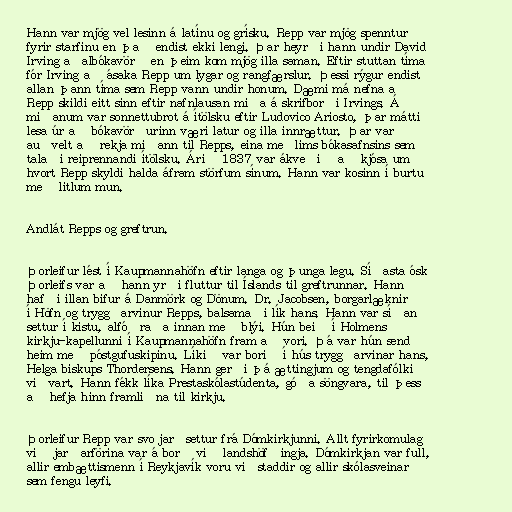
Hann var mjög vel lesinn á latínu og grísku. Repp var mjög spenntur
fyrir starfinu en það endist ekki lengi. Þar heyrði hann undir David
Irving aðalbókavörð en þeim kom mjög illa saman. Eftir stuttan tíma
fór Irving að ásaka Repp um lygar og rangfærslur. Þessi rýgur endist
allan þann tíma sem Repp vann undir honum. Dæmi má nefna að
Repp skildi eitt sinn eftir nafnlausan miða á skrifborði Irvings. Á
miðanum var sonnettubrot á ítölsku eftir Ludovico Ariosto, þar mátti
lesa úr að bókavörðurinn væri latur og illa innrættur. Þar var
auðvelt að rekja miðann til Repps, eina meðlims bókasafnsins sem
talaði reiprennandi ítölsku. Árið 1837 var ákveðið að kjósa um
hvort Repp skyldi halda áfram störfum sínum. Hann var kosinn í burtu
með litlum mun.

Andlát Repps og greftrun.

Þorleifur lést í Kaupmannahöfn eftir langa og þunga legu. Síðasta ósk
Þorleifs var að hann yrði fluttur til Íslands til greftrunnar. Hann
hafði illan bifur á Danmörk og Dönum. Dr. Jacobsen, borgarlæknir
í Höfn og tryggðarvinur Repps, balsamaði lík hans. Hann var síðan
settur í kistu, alfóðraða innan með blýi. Hún beið í Holmens
kirkju-kapellunni í Kaupmannahöfn fram að vori. Þá var hún send
heim með póstgufuskipinu. Líkið var borið í hús tryggðarvinar hans,
Helga biskups Thordersens. Hann gerði þá ættingjum og tengdafólki
viðvart. Hann fékk líka Prestaskólastúdenta, góða söngvara, til þess
að hefja hinn framliðna til kirkju.

Þorleifur Repp var svo jarðsettur frá Dómkirkjunni. Allt fyrirkomulag
við jarðarförina var á borð við landshöfðingja. Dómkirkjan var full,
allir embættismenn í Reykjavík voru viðstaddir og allir skólasveinar
sem fengu leyfi.